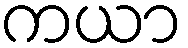
ကယာ